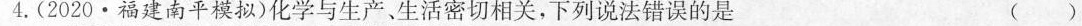
4. (2020·福建南平模拟) 化学与生产、生活密切相关，下列说法错误的是 ()